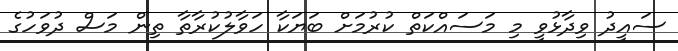
ސައީދު ވިދާޅުވީ މި މަސައްކަތް ކުރުމަށް ބަޔަކާ ހަވާލުކުރާތާ ތިން މަސް ދުވަހުގެ